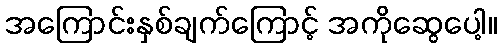
အကြောင်းနှစ်ချက်ကြောင့် အကိုဆွေပေါ့။